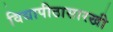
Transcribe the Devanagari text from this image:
विद्यापीठासारखी